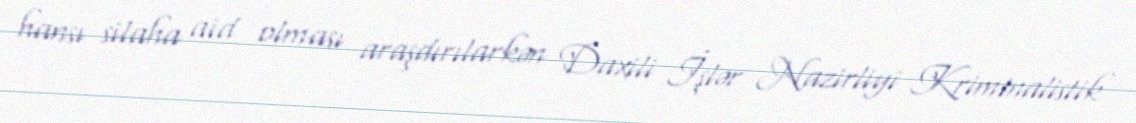
hansı silaha aid olması araşdırılarkən Daxili İşlər Nazirliyi Kriminalistik